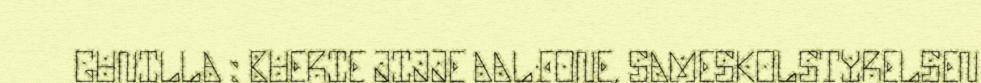
GUNILLA : BUERIE JIJJE AALFONE, SAMESKOLSTYRELSEN